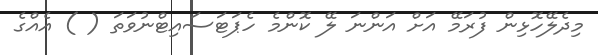
މިދެލޭހޮޅިން ފުރަމޭ އަށް އަންނަ ލޭ ކޮންމެ ހެޕަޓަސައިޓްނުވަތަ ( ) އެއްގެ